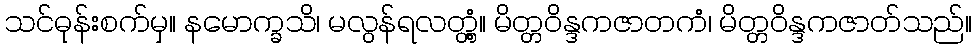
သင်ဓုန်းစက်မှ။ နမောက္ခသိ၊ မလွန်ရလတ္တံ့။ မိတ္တဝိန္ဒကဇာတကံ၊ မိတ္တဝိန္ဒကဇာတ်သည်။